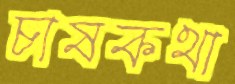
চাষকথা